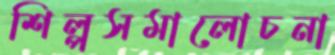
শিল্পসমালোচনা